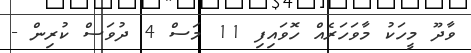
ވާދޫ މީހަކު މާވަހަރެއް ހޮވައިފި 11 މަސް 4 ދުވަސް ކުރިން -